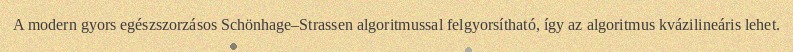
A modern gyors egészszorzásos Schönhage–Strassen algoritmussal felgyorsítható, így az algoritmus kvázilineáris lehet.